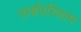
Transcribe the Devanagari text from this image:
पार्श्वपरिणाम